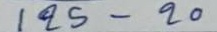
125 - 20